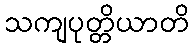
သကျပုတ္တိယာတိ